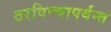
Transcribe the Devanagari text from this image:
ठरविण्यापर्यन्त